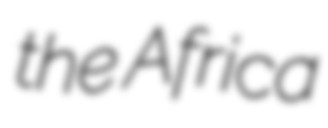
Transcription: the Africa